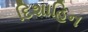
દિશાહિન